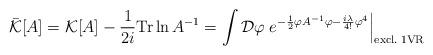
LaTeX: \begin{align*}\bar{\cal K}[A]={\cal K}[A]-\frac{1}{2i}{\rm Tr} \ln A^{-1}=\int {\cal D}\varphi \left.e^{-\frac{1}{2}\varphi A^{-1} \varphi-\frac{i\lambda}{4!}\varphi^4}\right|_{\rm excl. \; 1VR}\end{align*}